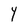
Character: Y